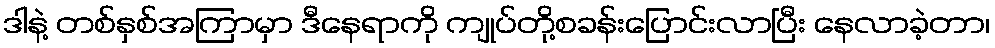
ဒါနဲ့ တစ်နှစ်အကြာမှာ ဒီနေရာကို ကျုပ်တို့စခန်းပြောင်းလာပြီး နေလာခဲ့တာ၊